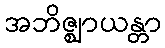
အဘိဇ္ဈာယန္တာ